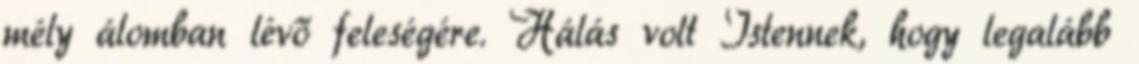
mély álomban lévő feleségére. Hálás volt Istennek, hogy legalább